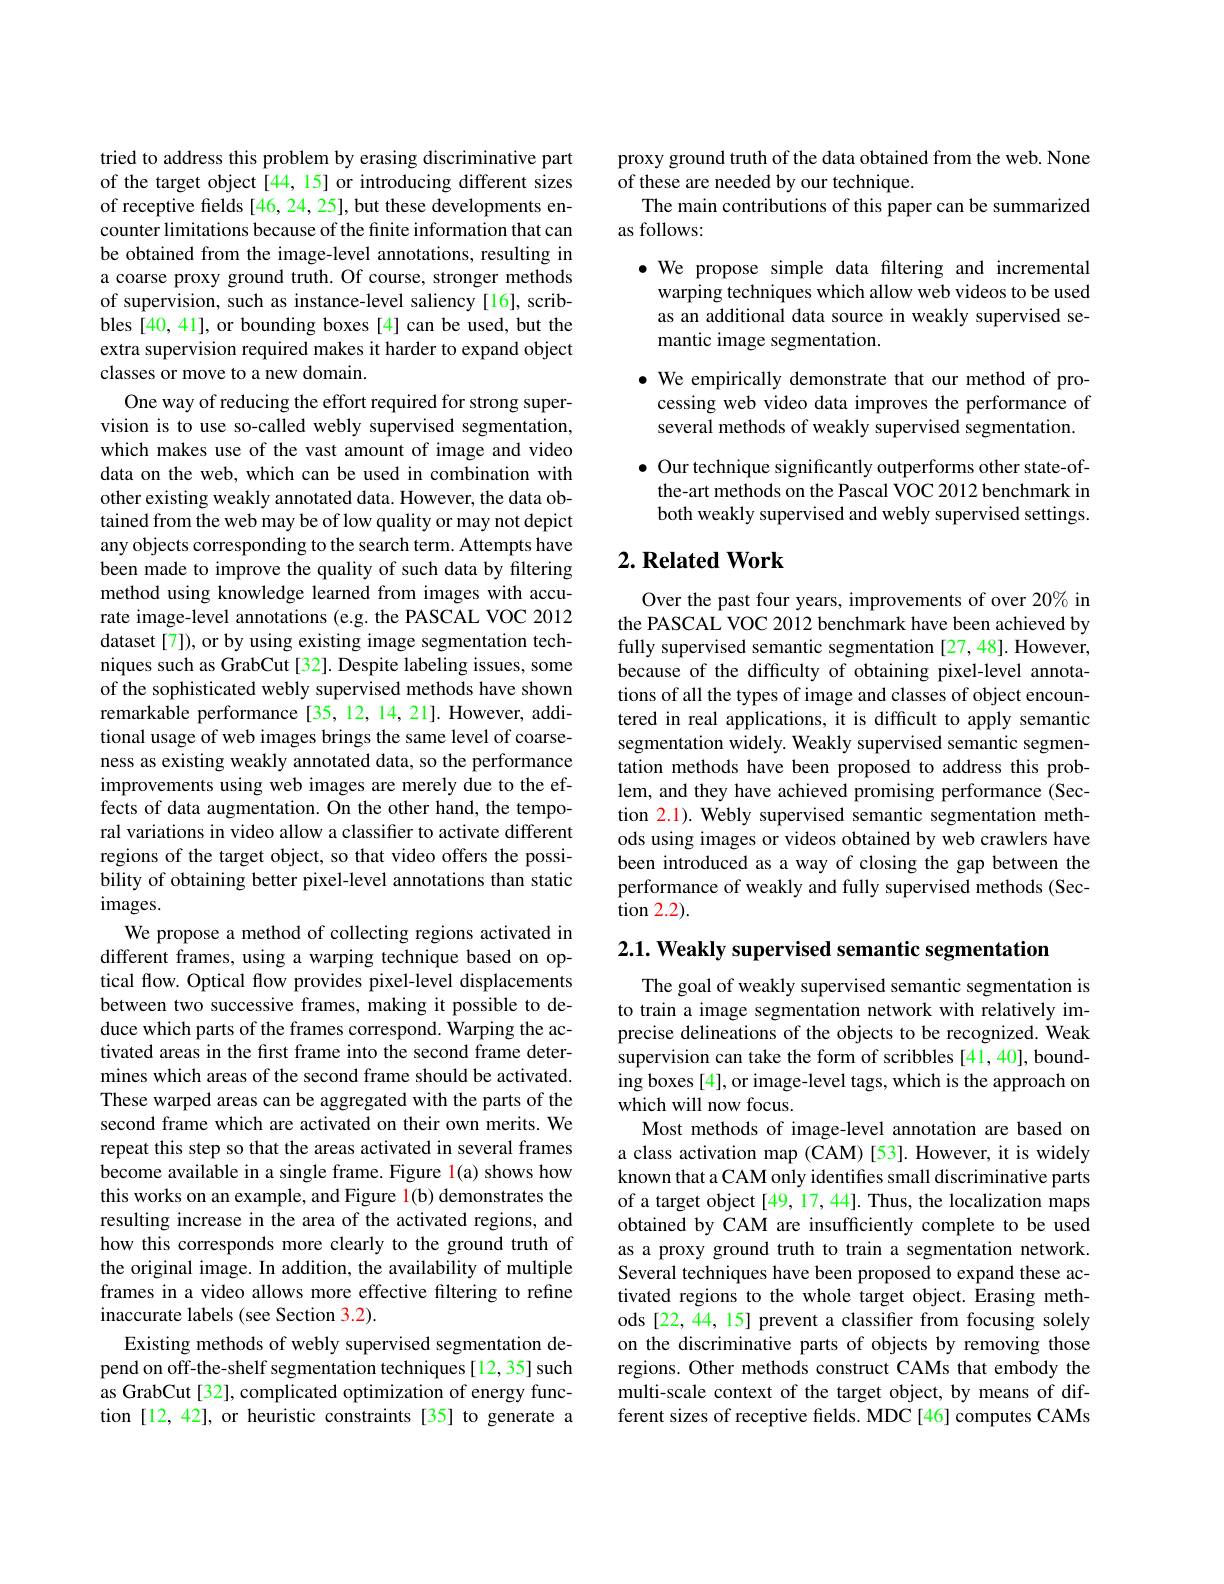
tried to address this problem by erasing discriminative part of the target object [44, 15] or introducing different sizes of receptive fields [46, 24, 25], but these developments encounter limitations because of the finite information that can be obtained from the image-level annotations, resulting in a coarse proxy ground truth. Of course, stronger methods of supervision, such as instance-level saliency[16], scribbles [40, 41], or bounding boxes [4] can be used, but the extra supervision required makes it harder to expand object classes or move to a new domain.
One way of reducing the effort required for strong supervision is to use so-called webly supervised segmentation, which makes use of the vast amount of image and video data on the web, which can be used in combination with other existing weakly annotated data. However, the data obtained from the web may be of low quality or may not depict any objects corresponding to the search term. Attempts have been made to improve the quality of such data by filtering method using knowledge learned from images with accurate image-level annotations (e.g. the PASCAL VOC 2012 dataset [7]), or by using existing image segmentation techniques such as GrabCut [32]. Despite labeling issues, some of the sophisticated webly supervised methods have shown remarkable performance [35, 12, 14, 21]. However, additional usage of web images brings the same level of coarseness as existing weakly annotated data, so the performance improvements using web images are merely due to the effects of data augmentation. On the other hand, the temporal variations in video allow a classifer to activate different regions of the target object, so that video offers the possibility of obtaining better pixel-level annotations than static $images.$
We propose a method of collecting regions activated in different frames, using a warping technique based on optical flow. Optical flow provides pixel-level displacements between two successive frames, making it possible to deduce which parts of the frames correspond. Warping the activated areas in the first frame into the second frame determines which areas of the second frame should be activated. These warped areas can be aggregated with the parts of the second frame which are activated on their own merits. We repeat this step so that the areas activated in several frames become available in a single frame. Figure 1(a) shows how this works on an example, and Figure 1(b) demonstrates the resulting increase in the area of the activated regions, and how this corresponds more clearly to the ground truth of the original image. In addition, the availability of multiple frames in a video allows more effective filtering to refine inaccurate labels (see Section 3.2).
Existing methods of webly supervised segmentation depend on off-the-shelf segmentation techniques[12,35] such as GrabCut[32], complicated optimization of energy function [12,42], or heuristic constraints [35] to generate a

proxy ground truth of the data obtained from the web. None
of these are needed by our technique.
The main contributions of this paper can be summarized
as follows:
$\bullet$ We propose simple data filtering and incremental warping techniques which allow web videos to be used as an additional data source in weakly supervised semantic image segmentation.
$\bullet$ We empirically demonstrate that our method of processing web video data improves the performance of several methods of weakly supervised segmentation. $\bullet$ Our technique significantly outperforms other state-of-

the-art methods on the Pascal VOC 2012 benchmark in both weakly supervised and webly supervised settings.

## $2. \textbf{Related Work}$

Over the past four years, improvements of over 20% in the PASCAL VOC 2012 benchmark have been achieved by fully supervised semantic segmentation [27,48]. However, because of the difficulty of obtaining pixel-level annotations of all the types of image and classes of object encountered in real applications, it is difficult to apply semantic segmentation widely. Weakly supervised semantic segmentation methods have been proposed to address this problem, and they have achieved promising performance (Sec-) tion 2.1). Webly supervised semantic segmentation methods using images or videos obtained by web crawlers have been introduced as a way of closing the gap between the performance of weakly and fully supervised methods (Section 2.2).

2.1. Weakly supervised semantic segmentation

The goal of weakly supervised semantic segmentation is to train a image segmentation network with relatively imprecise delineations of the objects to be recognized. Weak supervision can take the form of scribbles [41,40], bounding boxes [4], or image-level tags, which is the approach on which will now focus.
Most methods of image-level annotation are based on a class activation map (CAM)[53].However, it is widely known that a CAM only identifes small discriminative parts of a target object [49, 17, 44]. Thus, the localization maps obtained by CAM are insufficiently complete to be used as a proxy ground truth to train a segmentation network. Several techniques have been proposed to expand these activated regions to the whole target object. Êrasing methods [22, 44, 15] prevent a classiffer from focusing solely on the discriminative parts of objects by removing those regions. Other methods construct CAMs that embody the multi-scale context of the target object, by means of different sizes of receptive fields. MDC [46] computes CAMs